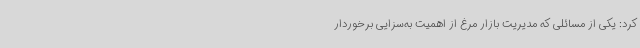
کرد: یکی از مسائلی که مدیریت بازار مرغ از اهمیت به‌سزایی برخوردار